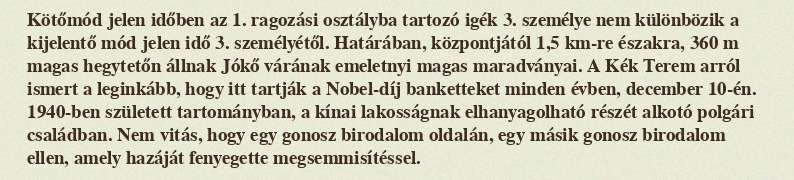
Kötőmód jelen időben az 1. ragozási osztályba tartozó igék 3. személye nem különbözik a kijelentő mód jelen idő 3. személyétől. Határában, központjától 1,5 km-re északra, 360 m magas hegytetőn állnak Jókő várának emeletnyi magas maradványai. A Kék Terem arról ismert a leginkább, hogy itt tartják a Nobel-díj banketteket minden évben, december 10-én. 1940-ben született tartományban, a kínai lakosságnak elhanyagolható részét alkotó polgári családban. Nem vitás, hogy egy gonosz birodalom oldalán, egy másik gonosz birodalom ellen, amely hazáját fenyegette megsemmisítéssel.